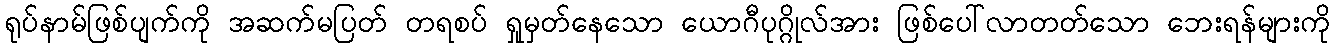
ရုပ်နာမ်ဖြစ်ပျက်ကို အဆက်မပြတ် တရစပ် ရှုမှတ်နေသော ယောဂီပုဂ္ဂိုလ်အား ဖြစ်ပေါ်လာတတ်သော ဘေးရန်များကို